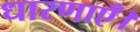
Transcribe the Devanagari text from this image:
धारणाएँ।